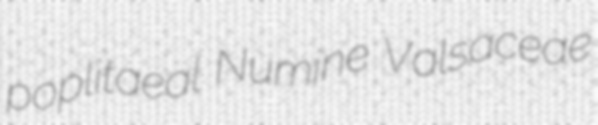
poplitaeal Numine Valsaceae